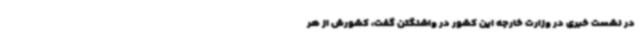
در نشست خبری در وزارت خارجه این کشور در واشنگتن گفت، کشورش از هر